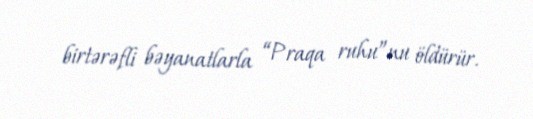
birtərəfli bəyanatlarla “Praqa ruhu”nu öldürür.